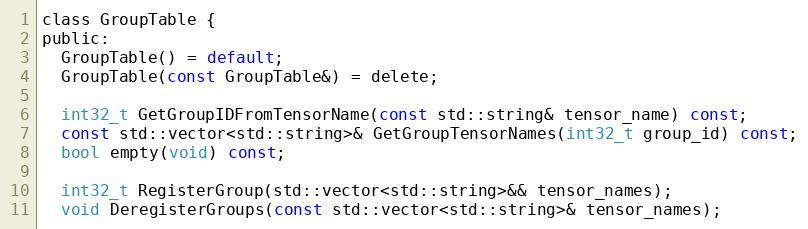
Language: C
class GroupTable {
public:
  GroupTable() = default;
  GroupTable(const GroupTable&) = delete;

  int32_t GetGroupIDFromTensorName(const std::string& tensor_name) const;
  const std::vector<std::string>& GetGroupTensorNames(int32_t group_id) const;
  bool empty(void) const;

  int32_t RegisterGroup(std::vector<std::string>&& tensor_names);
  void DeregisterGroups(const std::vector<std::string>& tensor_names);